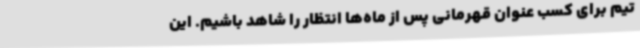
تیم برای کسب عنوان قهرمانی پس از ماه‌ها انتظار را شاهد باشیم. این